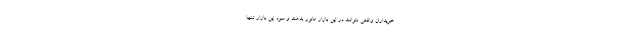
خریداران واقعی نتوانند در این بازار مانور بدهند و سود این بازار تنها